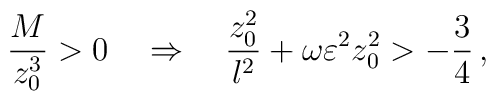
{M \over {z_0 ^3}} > 0 \quad \Rightarrow \quad {{z_0 ^2}\over l^2} + \omega\varepsilon^2 z_0 ^2 > -{3\over 4} \, ,